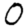
Digit: 0